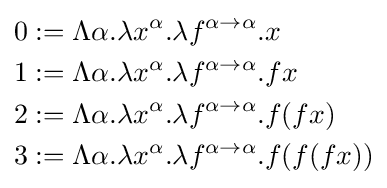
{\begin{aligned}0&:=\Lambda \alpha .\lambda x^{\alpha }.\lambda f^{\alpha \to \alpha }.x\\1&:=\Lambda \alpha .\lambda x^{\alpha }.\lambda f^{\alpha \to \alpha }.fx\\2&:=\Lambda \alpha .\lambda x^{\alpha }.\lambda f^{\alpha \to \alpha }.f(fx)\\3&:=\Lambda \alpha .\lambda x^{\alpha }.\lambda f^{\alpha \to \alpha }.f(f(fx))\end{aligned}}